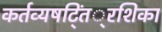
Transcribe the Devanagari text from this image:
कर्तव्यषट्तिं्रशिका